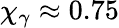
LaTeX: \chi_{\gamma}\approx 0.75